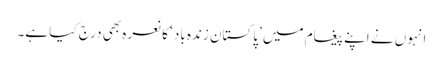
انہوں نے اپنے پیغام میں ’پاکستان زندہ باد‘ کا نعرہ بھی درج کیا ہے۔